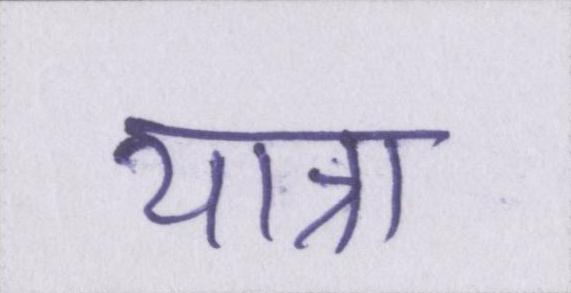
यात्रा